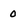
Character: 0